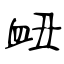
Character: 衄